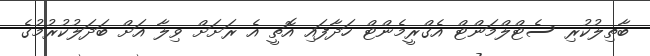
ބާތިލުކުރި ސެޓްލްމަންޓް އެގްރީމެންޓް ހަދާފައި އޮތީ އެ ރަށަށް ވިލާ އަށް ބަދަލުކުރުމުގެ